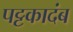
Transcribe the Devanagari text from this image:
पट्टकादंब